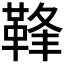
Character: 𩊩